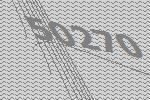
50270